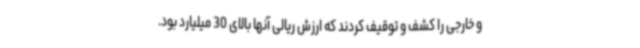
و خارجی را کشف و توقیف کردند که ارزش ریالی آنها بالای 30 میلیارد بود.